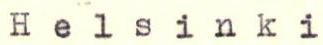
Helsinki